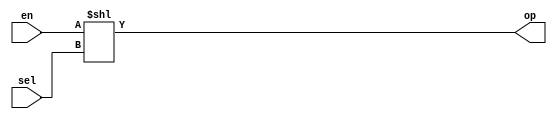
module decoder(sel,en,op);
  parameter m=4;
  
  input [m-1:0]sel;
  input en;
  output [2**m-1:0]op;
  
  wire [2**m-1:0]temp;
  
  assign temp=16'b01 & en;
  
  assign op=temp << sel;
  
endmodule